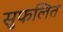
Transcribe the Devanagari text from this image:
सुफलित